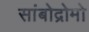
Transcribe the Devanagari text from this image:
सांबोद्रोमो